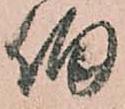
伯